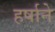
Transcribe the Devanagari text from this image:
हर्षाने